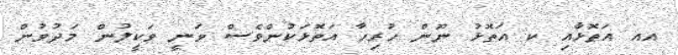
އއ އަތޮޅާއި ކ އަތޮޅު ނޫން ހުރިހާ އަތޮޅަކުންވެސް ވަނީ ވަކީލުން މަދުވުން